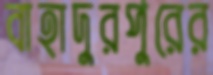
বাহাদুরপুরের